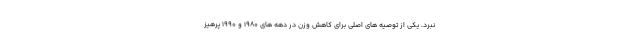
نبرد. یکی از توصیه های اصلی برای کاهش وزن در دهه های 1980 و 1990 پرهیز